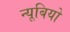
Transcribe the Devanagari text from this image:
न्यूबियो